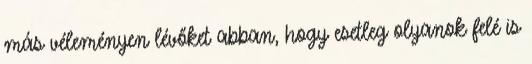
más véleményen lévőket abban, hogy esetleg olyanok felé is